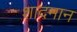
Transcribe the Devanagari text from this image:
शादमान